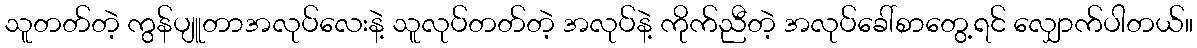
သူတတ်တဲ့ ကွန်ပျူတာအလုပ်လေးနဲ့ သူလုပ်တတ်တဲ့ အလုပ်နဲ့ ကိုက်ညီတဲ့ အလုပ်ခေါ်စာတွေ့ရင် လျှောက်ပါတယ်။